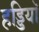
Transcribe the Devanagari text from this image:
हड्डियॉ